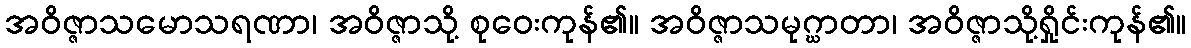
အဝိဇ္ဇာသမောသရဏာ၊ အဝိဇ္ဇာသို့ စုဝေးကုန်၏။ အဝိဇ္ဇာသမုဂ္ဃာတာ၊ အဝိဇ္ဇာသို့ရှိုင်းကုန်၏။